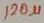
Text: 120µ